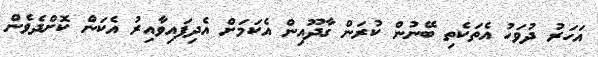
އަހަރު ދުވަހު އެތަކެތި ބޭނުން ކުރަން ގާދޫއިން އެކަމަށް އެދިފައިވާއިރު އެކަން ކޮށްދެވެން